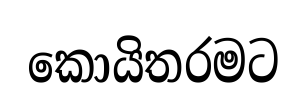
කොයිතරමට